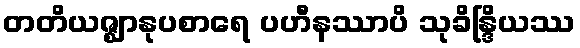
တတိယဇ္ဈာနုပစာရေ ပဟီနဿာပိ သုခိန္ဒြိယဿ